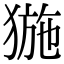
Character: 𤟽